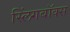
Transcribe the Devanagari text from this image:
स्लिंगबॉक्स